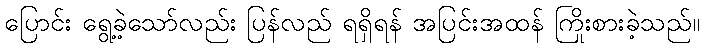
ပြောင်း ရွေ့ခဲ့သော်လည်း ပြန်လည် ရရှိရန် အပြင်းအထန် ကြိုးစားခဲ့သည်။